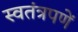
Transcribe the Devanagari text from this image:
स्वतंत्रपणें